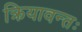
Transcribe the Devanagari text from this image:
क्रियावन्तः